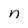
Character: n